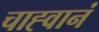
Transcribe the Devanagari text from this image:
चाह्वानं